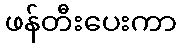
ဖန်တီးပေးကာ